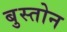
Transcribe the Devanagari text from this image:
बुस्तोन